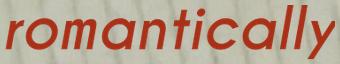
romantically